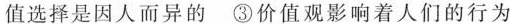
值选择是因人而异的 ③价值观影响着人们的行为